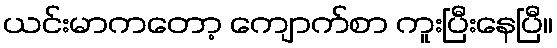
ယင်းမာကတော့ ကျောက်စာ ကူးပြီးနေပြီ။